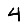
Digit: 4